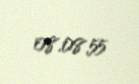
08.08.55